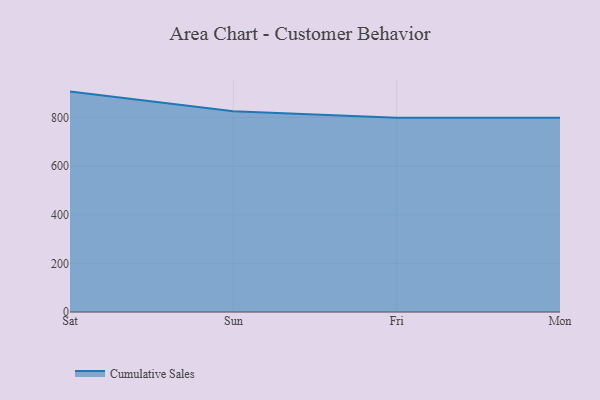
{"axis": {"x": "Day", "y": "Latency (ms)"}, "legend": ["Cumulative Sales"], "data": [{"x": "Sat", "y": 907.2, "type": "Cumulative Sales"}, {"x": "Sun", "y": 826.2, "type": "Cumulative Sales"}, {"x": "Fri", "y": 800, "type": "Cumulative Sales"}, {"x": "Mon", "y": 800, "type": "Cumulative Sales"}]}